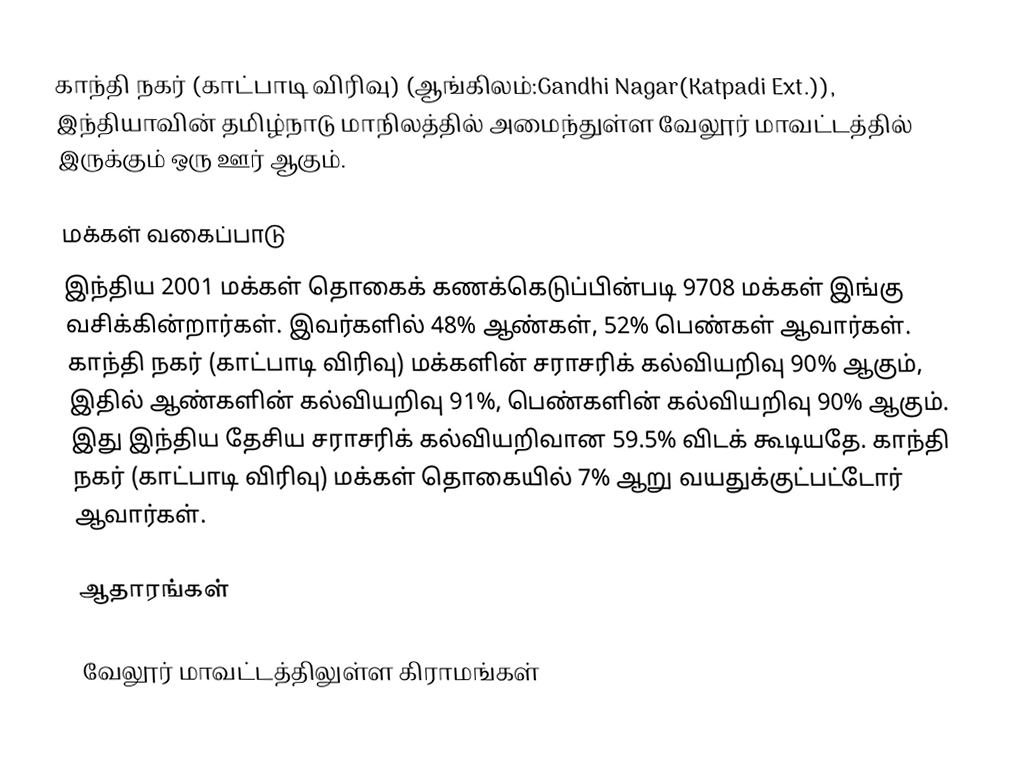
காந்தி நகர் (காட்பாடி விரிவு) (ஆங்கிலம்:Gandhi Nagar(Katpadi Ext.)), இந்தியாவின் தமிழ்நாடு மாநிலத்தில் அமைந்துள்ள வேலூர் மாவட்டத்தில் இருக்கும் ஒரு ஊர் ஆகும்.

மக்கள் வகைப்பாடு
இந்திய 2001 மக்கள் தொகைக் கணக்கெடுப்பின்படி 9708 மக்கள் இங்கு வசிக்கின்றார்கள். இவர்களில் 48% ஆண்கள், 52% பெண்கள் ஆவார்கள். காந்தி நகர் (காட்பாடி விரிவு) மக்களின் சராசரிக் கல்வியறிவு 90% ஆகும்,  இதில் ஆண்களின் கல்வியறிவு 91%,  பெண்களின் கல்வியறிவு 90% ஆகும். இது இந்திய தேசிய சராசரிக் கல்வியறிவான 59.5% விடக் கூடியதே. காந்தி நகர் (காட்பாடி விரிவு) மக்கள் தொகையில் 7% ஆறு வயதுக்குட்பட்டோர் ஆவார்கள்.

ஆதாரங்கள்

வேலூர் மாவட்டத்திலுள்ள கிராமங்கள்